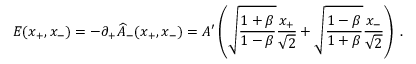
E ( x _ { + } , x _ { - } ) = - \partial _ { + } \widehat { A } _ { - } ( x _ { + } , x _ { - } ) = A ^ { \prime } \left( \sqrt { \frac { 1 + \beta } { 1 - \beta } } { \frac { x _ { + } } { \sqrt { 2 } } } + \sqrt { \frac { 1 - \beta } { 1 + \beta } } { \frac { x _ { - } } { \sqrt { 2 } } } \right) \; .